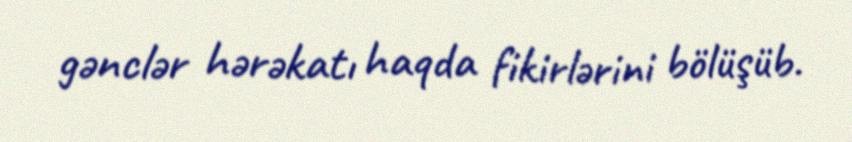
gənclər hərəkatı haqda fikirlərini bölüşüb.